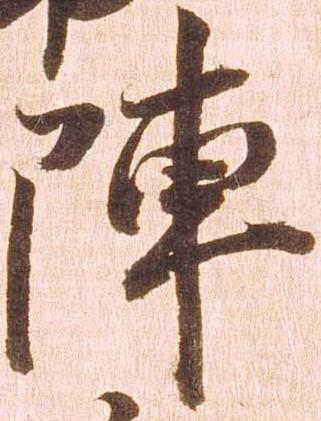
陣